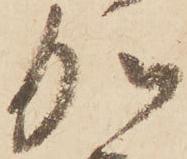
加